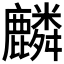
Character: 麟